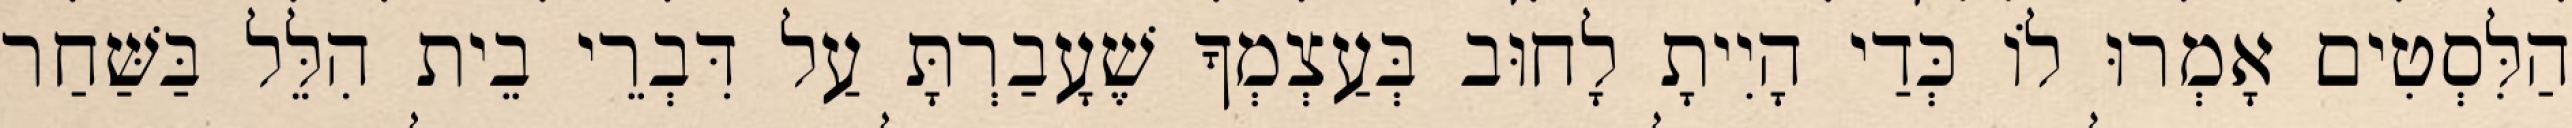
הַלִּסְטִים אָמְרוּ לוֹ כְּדַי הָיִיתָ לָחוּב בְּעַצְמְךָ שֶׁעָבַרְתָּ עַל דִּבְרֵי בֵית הִלֵּל בַּשַּׁחַר